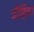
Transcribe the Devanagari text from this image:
दौहित्र।